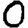
Digit: 0